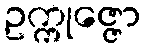
ဥက္ကုဇ္ဇော